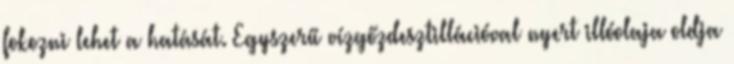
fokozni lehet a hatását. Egyszerű vízgőzdesztillációval nyert illóolaja oldja